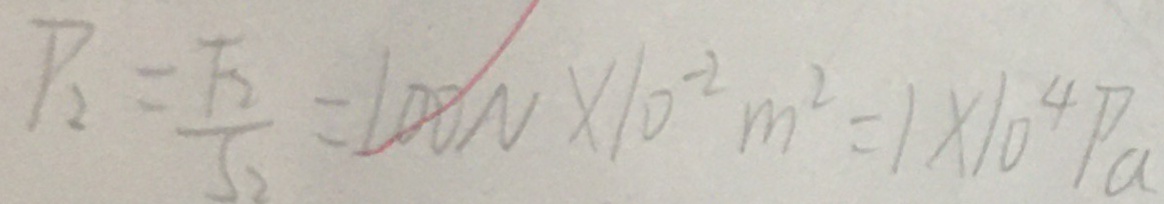
P _ { 2 } = \frac { T _ { 2 } } { S _ { 2 } } = 1 0 0 N \times 1 0 ^ { - 2 } m ^ { 2 } = 1 \times 1 0 ^ { 4 } p a